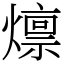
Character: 燷